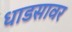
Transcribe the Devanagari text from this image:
धाडसावर